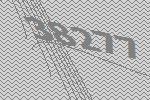
38277